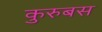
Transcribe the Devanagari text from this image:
कुरुबस